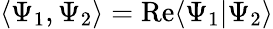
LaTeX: \langle\Psi_{1},\Psi_{2}\rangle=\operatorname{Re}\langle\Psi_{1}|\Psi_{2}\rangle